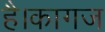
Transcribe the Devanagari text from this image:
है।कागज